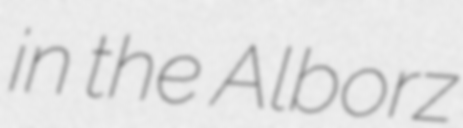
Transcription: in the Alborz